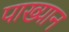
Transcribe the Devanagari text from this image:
पाख्यान